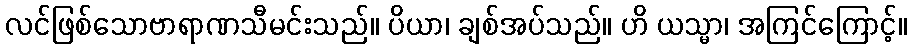
လင်ဖြစ်သောဗာရာဏသီမင်းသည်။ ပိယာ၊ ချစ်အပ်သည်။ ဟိ ယသ္မာ၊ အကြင်ကြောင့်။